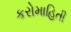
કરોમાહિતી